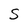
Character: S